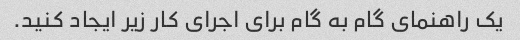
یک راهنمای گام به گام برای اجرای کار زیر ایجاد کنید.